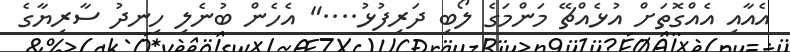
އެއާއި އެއްގޮތަށް އުޅެއްޗޭ މަންމަގެ ލޯބި ދަރިފުޅު...." އެހެން ބުނެލި ހިނދު ސާރިޔާގެ